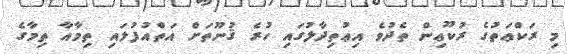
މި ރަކްޢަތުގެ ރުކޫޢިން ތެދުވެ އިޢުތިދާލުގައި ހުރެ ޤުނޫތަށް އަތްއުފުލައި ތިމާއާ ތިމާގެ